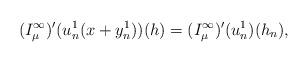
LaTeX: \begin{align*}(I_{\mu}^{\infty})'(u_n^1(x+y_n^1))(h)&=(I_{\mu}^{\infty})'(u_n^1)(h_n),\\\end{align*}